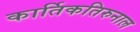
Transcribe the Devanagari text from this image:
कार्तिकतिरुनाल